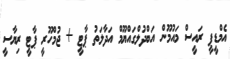
އެމްޑީޕީ ރައީސް މައުމޫން އަބްދުލްގައްޔޫމް އަދާލަތު ޕާޓީ + ޖުމްހޫރީ ޕާޓީ ރިޔާސީ